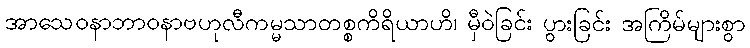
အာသေဝနာဘာဝနာဗဟုလီကမ္မသာတစ္စကိရိယာဟိ၊ မှီဝဲခြင်း ပွားခြင်း အကြိမ်များစွာ